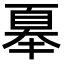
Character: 𭑜